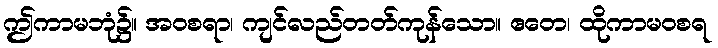
ဤကာမဘုံ၌။ အဝစရာ၊ ကျင်လည်တတ်ကုန်သော။ ဧတေ၊ ထိုကာမဝစရ